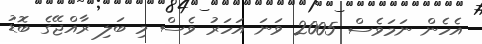
އެހެން ނަމަވެސް 2005 ވަނަ އަހަރު ވެސް މި ބަލި ރާއްޖޭގެ ބޮޑު